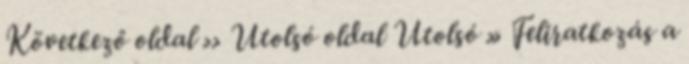
Következő oldal ›› Utolsó oldal Utolsó » Feliratkozás a